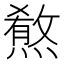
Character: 𤎦